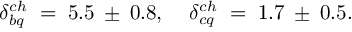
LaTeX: \delta _ { b q } ^ { c h } \; = \; 5 . 5 \: \pm \: 0 . 8 , \; \; \; \; \delta _ { c q } ^ { c h } \; = \; 1 . 7 \: \pm \: 0 . 5 .